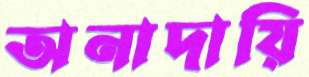
অনাদায়ি